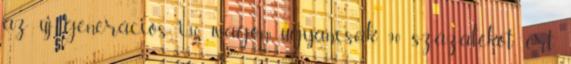
az új generációs i30 wagon ugyancsak 90 százalékot ért